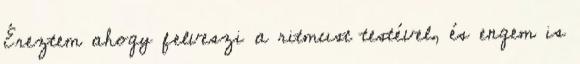
Éreztem ahogy felveszi a ritmust testével, és engem is